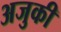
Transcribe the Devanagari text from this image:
अजुकी